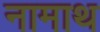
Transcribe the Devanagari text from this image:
नामाथ